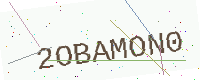
Text: 2OBAMON0